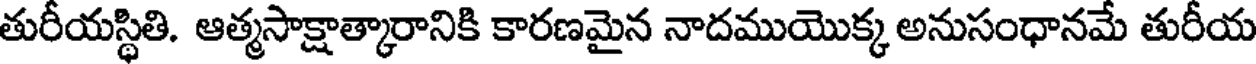
తురీయస్థితి. ఆత్మసాక్షాత్కారానికి కారణమైన నాదముయొక్క అనుసంధానమే తురీయ